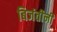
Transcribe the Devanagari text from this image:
बिजंतीनी